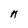
Character: n